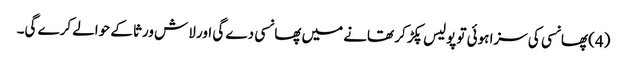
(4) پھانسی کی سزا ہوئی تو پولیس پکڑ کر تھانے میں پھانسی دے گی اور لاش ورثا کے حوالے کرے گی۔